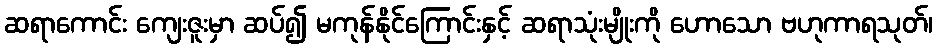
ဆရာကောင်း ကျေးဇူးမှာ ဆပ်၍ မကုန်နိုင်ကြောင်းနှင့် ဆရာသုံးမျိုးကို ဟောသော ဗဟုကာရသုတ်၊